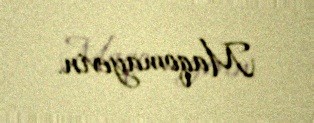
Maqomayevin.